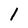
Character: l